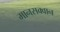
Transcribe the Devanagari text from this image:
मानसक्वान